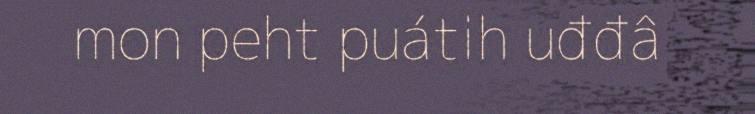
mon peht puátih uđđâ